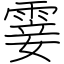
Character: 霎